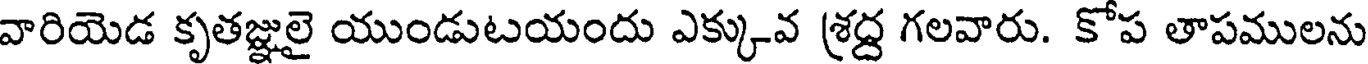
వారియెడ కృతజ్ఞులై యుండుటయందు ఎక్కువ శ్రద్ద గలవారు. కోప తాపములను